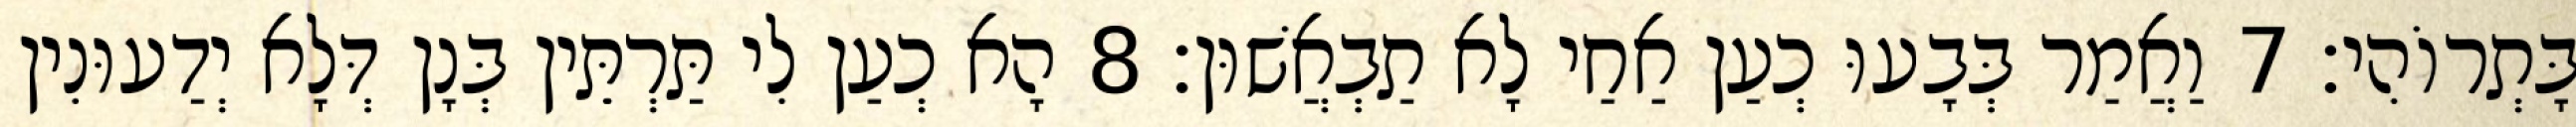
בָּתְרוֹהִי׃ 7 וַאֲמַר בְּבָעוּ כְעַן אַחַי לָא תַבְאֲשׁוּן׃ 8 הָא כְעַן לִי תַּרְתֵּין בְּנָן דְּלָא יְדַעוּנִין